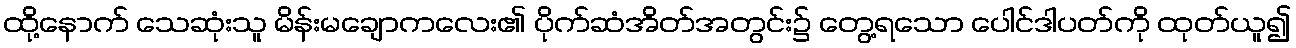
ထို့နောက် သေဆုံးသူ မိန်းမချောကလေး၏ ပိုက်ဆံအိတ်အတွင်း၌ တွေ့ရသော ပေါင်ဒါပတ်ကို ထုတ်ယူ၍